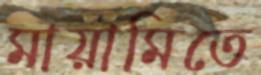
মায়ামিতে